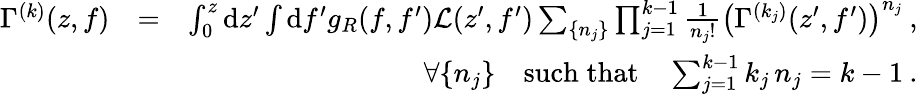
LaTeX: \begin{array}{rlr}{\Gamma^{(k)}(z,f)}&{=}&{\int_{0}^{z}\mathrm{d}z^{\prime}\int\mathrm{d}f^{\prime}g_{R}(f,f^{\prime})\mathcal{L}(z^{\prime},f^{\prime})\sum_{\{ n_{j}\} }\prod_{j=1}^{k-1}\frac{1}{n_{j}!}\left(\Gamma^{(k_{j})}(z^{\prime},f^{\prime})\right)^{n_{j}}\: ,}\\ &{}&{\forall\{ n_{j}\} \quad\mathrm{such\; that}\quad\sum_{j=1}^{k-1}k_{j}\, n_{j}=k-1\: .}\end{array}